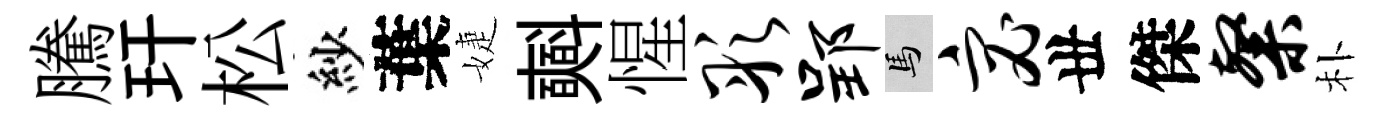
騰玕松紗葉婕𣂏惺彤郢馬宓丗傑粲朴